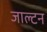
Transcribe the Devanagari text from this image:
जाल्‍टन